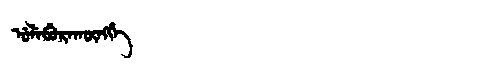
Manchu: ᡠᠯᡝᠪᡠᡵᠠᡴᡡᠩᡤᡝ
Romanization: ULEBURAKŪNGGE